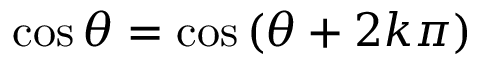
\quad \cos \theta = \cos \left( \theta + 2 k \pi \right)